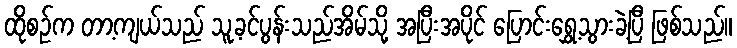
ထိုစဉ်က တာ့ကျယ်သည် သူ့ခင်ပွန်းသည်အိမ်သို့ အပြီးအပိုင် ပြောင်းရွှေ့သွားခဲ့ပြီ ဖြစ်သည်။